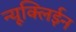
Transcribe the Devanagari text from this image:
न्यूक्लिईन